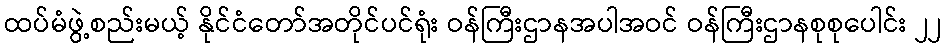
ထပ်မံဖွဲ့စည်းမယ့် နိုင်ငံတော်အတိုင်ပင်ရုံး ဝန်ကြီးဌာနအပါအဝင် ဝန်ကြီးဌာနစုစုပေါင်း ၂၂